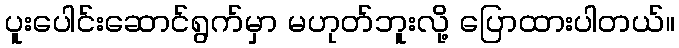
ပူးပေါင်းဆောင်ရွက်မှာ မဟုတ်ဘူးလို့ ပြောထားပါတယ်။